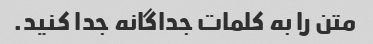
متن را به کلمات جداگانه جدا کنید.